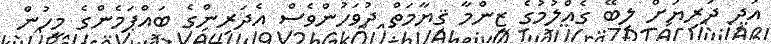
އަދި ދަރިޔަށް ލިބޭ ގެއްލުމުގެ ޒިންމާ ޤިޔާމަތް ދުވަހުންވެސް އެދަރިންގެ ބައްޕަމެންގެ މީހުން